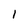
Character: I